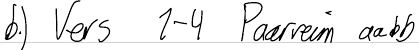
b.) Vers 1-4 Paarreim aabb